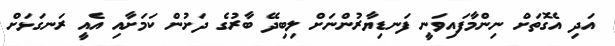
އަދި އެގޮތަށް ނިންމާފައިވަނީ ފަނޑިޔާރުންނަށް ލިބިދޭ ބާރުގެ ދަށުން ކަމަށާއި އެއީ ރަނގަޅަށް